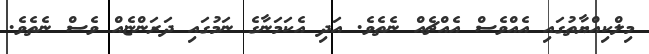
މިލްކިއްޔާތުގައި އެއްވެސް އެއްޗެއް ނެތެވެ. އަދި އެކަމަނާގެ ނަމުގައި ދަރަންޏެއް ވެސް ނެތެވެ.